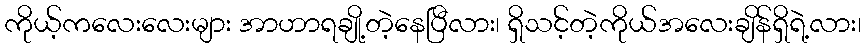
ကိုယ့်ကလေးလေးများ အာဟာရချို့တဲ့နေပြီလား၊ ရှိသင့်တဲ့ကိုယ်အလေးချိန်ရှိရဲ့လား၊